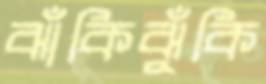
ঝাঁকিঝুঁকি